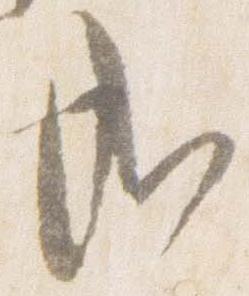
哉